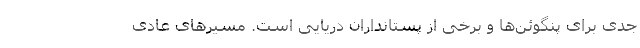
جدی برای پنگوئن‌ها و برخی از پستانداران دریایی است. مسیر‌های عادی